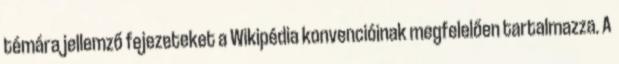
témára jellemző fejezeteket a Wikipédia konvencióinak megfelelően tartalmazza. A